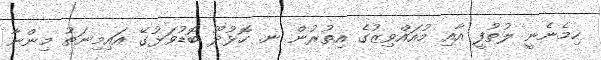
ހިމެނެނީ ލުތުފީ އާއި މުއައްވިޒުގެ އިތުރުން ނ. ހޮޅުދޫ ބޮޑުވަޅުގޭ އައިމިނަތު މިންނާ